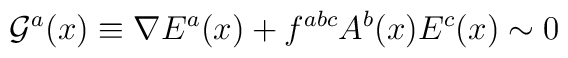
{\cal G}^a(x)\equiv\nabla E^a(x)+f^{abc}A^b(x)E^c(x)\sim0